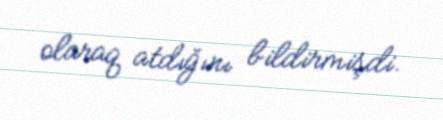
olaraq atdığını bildirmişdi.